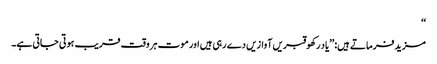
‘‘
مزید فرماتے ہیں:’’یاد رکھو قبریں آوازیں دے رہی ہیں اور موت ہر وقت قریب ہوتی جاتی ہے۔